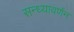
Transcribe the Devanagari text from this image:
सन्ध्यावर्णन